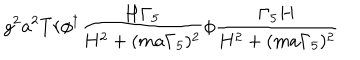
g ^ { 2 } a ^ { 2 } T r \phi ^ { \dagger } \frac { H \Gamma _ { 5 } } { H ^ { 2 } + ( m a \Gamma _ { 5 } ) ^ { 2 } } \phi \frac { \Gamma _ { 5 } H } { H ^ { 2 } + ( m a \Gamma _ { 5 } ) ^ { 2 } }